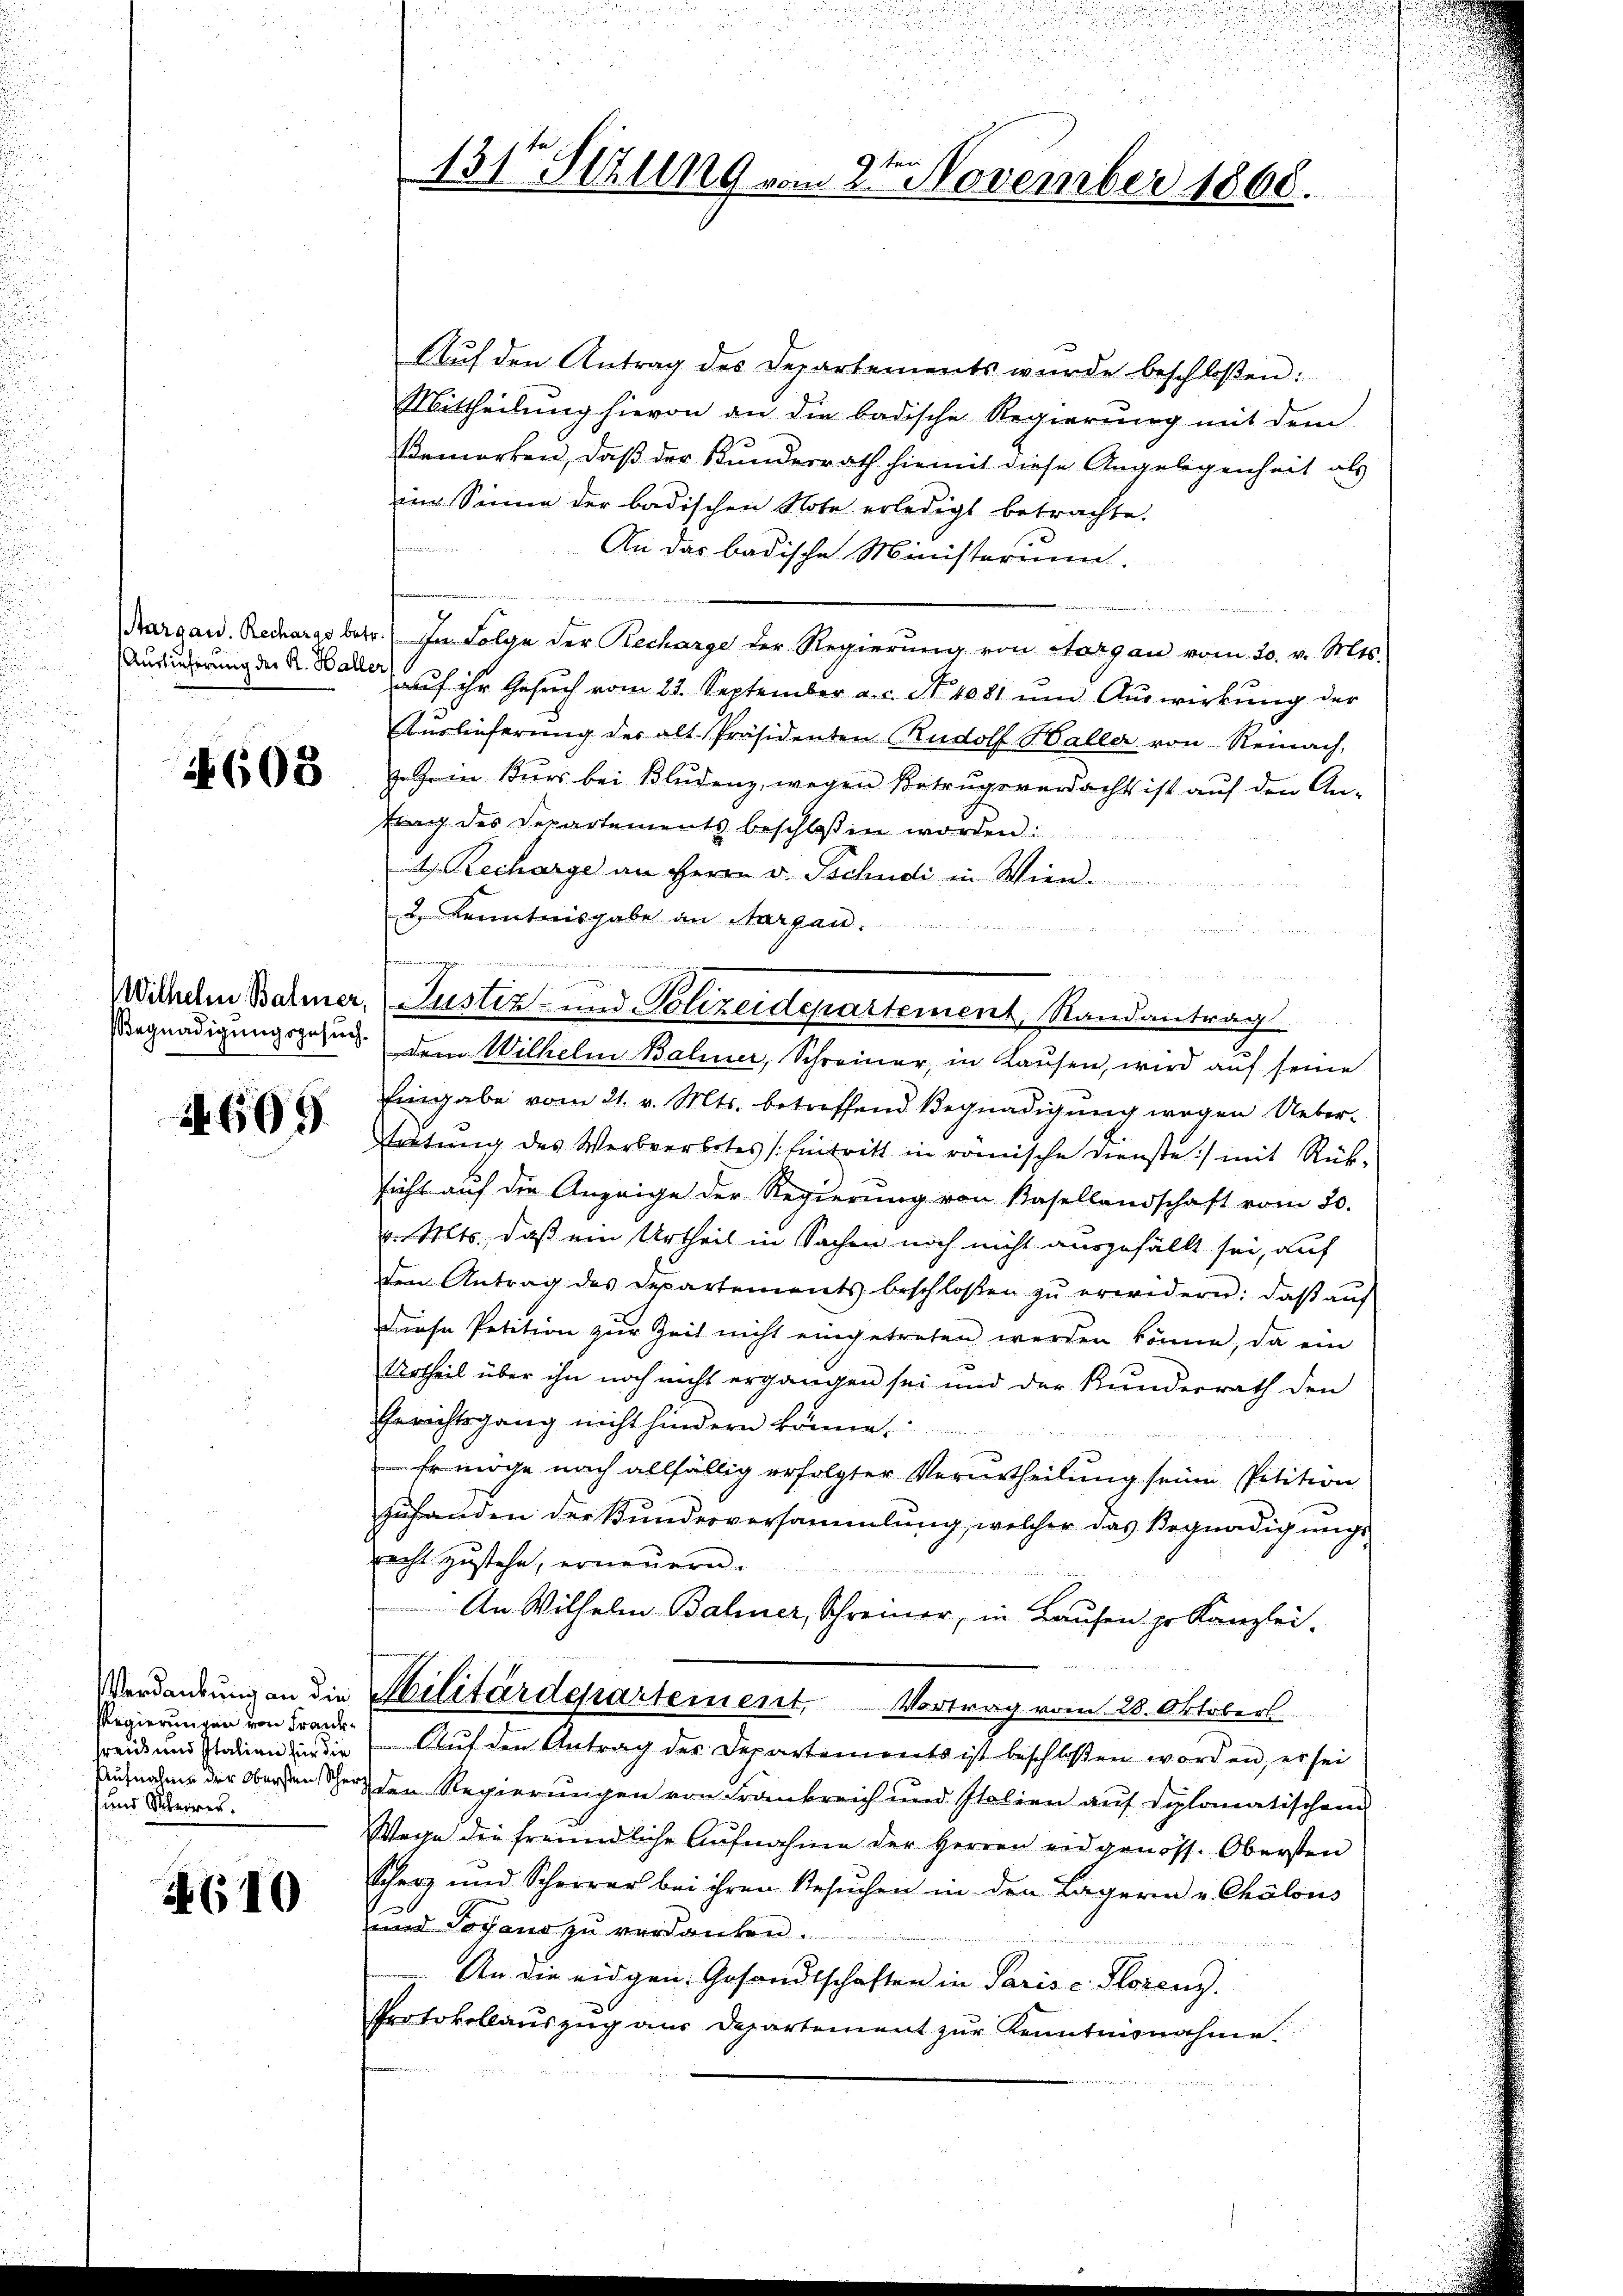
Auslieferung der R. Hall

1608

Begnadigungsgesuch¬

N. 609.

Verdankung an die
Regierungen von Frankfreud und Italien für die
Aufnahme der Obersten Scher
und Steires.

610

9ten
1317 Stzung vom 2. November 1868.

Aŭf den Antrag des Departements wurde beschloßen:
Mittheilung hievon an die badische Regierung mit dem
Bemerken, daß der Kunderrath hiemit diese Angelegenheit als
im Sinne der badischen Note erledigt betrachte.
Feindere
An das badische Ministerium.
Kargau. Recharge betr. In Folge der Recharge der Regierŭng von Aargau vom 20. v. Mts.
aŭf ihr Gesŭch vom 23. September a. c. S. 4081 ŭm Aŭswirkung der
Auslieferung der alt-Präsidenten Rudolf Haller von Reinach,
z. ein Kurs bei Bludenz, wegen Betrugsverdacht ist auf den An-
trag des Departements beschlossen worden:
4. Recharge an Herrn v. Tschudi in Wien.
2 Kenntnisgabe an Aargau.
.
in einen werden als ich den an den
dem Wilhelm Baliner, Schreiner, in Kausen, wird auf seine
Eingabe vom 21. v. Mts. betreffend Begnadigung wegen Ueber¬
Wertung des Werbverbotes (Eintritt in römische Dienste :/ mit Rück-
sicht auf die Anzeige der Regierung von Basellandschaft vom 20.
v. Mts., daß ein Urtheil in Sachen noch nicht ausgefällt sei, auf
den Antrag des Departements beschlossen zŭ erwidern: daβ aŭf
Diese Petition zur Zeit nicht eingetreten werden könne, da ein
Urtheil über ihn noch nicht ergangen sei und der Kunderrath den
Gerichtsgang nicht hindern könne.
Er möge nach allfällig erfolgter Verurtheilung seine Petition
zuhanden der Bundesversammlung, welcher das Begnadigungsrecht zustehe, erneuern.
An Wilhelm Baliner, Schreiner, in Laufen pr. Kanzlei.
Militärdepartement, Vortrag vom 28. Oktobers.
Auf den Antrag des Departements ist beschloßen worden, er sei
 den Regierungen von Frankreich und Italien auf diplomatischen
Wege die freundliche Aŭfnahme der Herren eidgenöss. Obersten
Scherz und Scheerer bei ihren Besŭchen in den Lagern v. Chalous
und Jovano zu verdanken.
An die eidgen. Gesandtschaften in Paris c. Florenz
Protokollauszug aus Departement zur Kenntnisnahme.

Wilhelm Balmer, Justiz- und Polizeidepartement, Randantrag